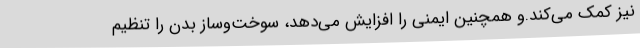
نیز کمک می‌کند.و همچنین ایمنی را افزایش می‌دهد، سوخت‌وساز بدن را تنظیم